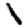
Digit: 1